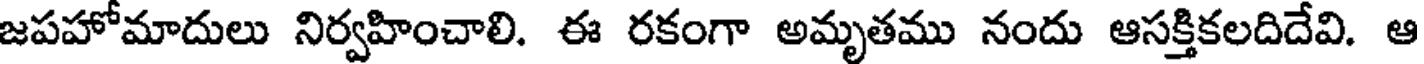
జపహోమాదులు నిర్వహించాలి. ఈ రకంగా అమృతము నందు ఆసక్తికలదిదేవి. ఆ